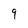
Character: 9